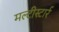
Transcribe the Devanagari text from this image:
मल्टीस्टार्र